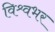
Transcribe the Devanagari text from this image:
विश्र्वभर